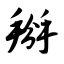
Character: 掰